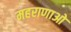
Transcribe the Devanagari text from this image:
महराणाओ